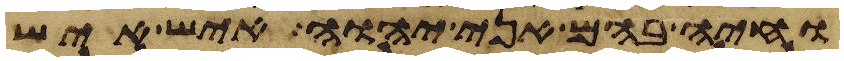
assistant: וחיה בהם אני יהוה איש איש